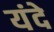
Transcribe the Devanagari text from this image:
यंदे